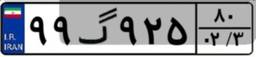
۹۹گ۹۲۵۸۰